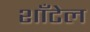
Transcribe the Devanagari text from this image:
शाँटेल